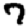
Digit: 7